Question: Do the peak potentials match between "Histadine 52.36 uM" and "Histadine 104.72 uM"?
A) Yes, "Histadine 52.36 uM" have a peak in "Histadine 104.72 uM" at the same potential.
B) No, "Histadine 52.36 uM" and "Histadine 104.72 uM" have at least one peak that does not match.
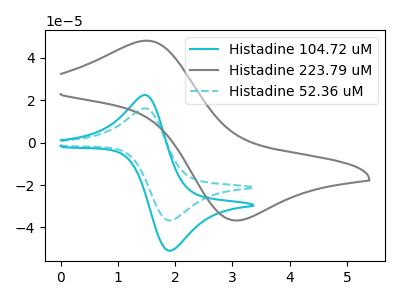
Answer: <think>The cyan curve "Histadine 104.72 uM" has an anodic peak at (1.50V, 22.45uA) and a cathodic peak at (1.90V, -51.05uA). The gray curve "Histadine 223.79 uM" has an anodic peak at (1.50V, 48.15uA) and a cathodic peak at (3.10V, -36.70uA). The cyan dashed curve "Histadine 52.36 uM" has an anodic peak at (1.50V, 16.15uA) and a cathodic peak at (1.90V, -36.75uA).</think>
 <answer>A) Yes, "Histadine 52.36 uM" have a peak in "Histadine 104.72 uM" at the same potential.</answer>
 <eval>A</eval>